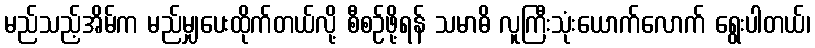
မည်သည့်အိမ်က မည်မျှပေးထိုက်တယ်လို့ စီစဉ်ဖို့ရန် သမာဓိ လူကြီးသုံးယောက်လောက် ရွေးပါတယ်၊